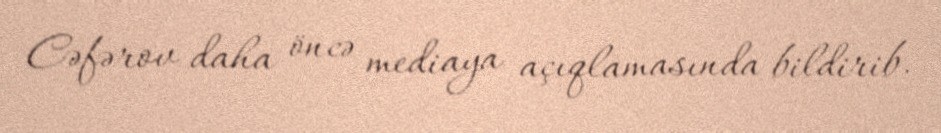
Cəfərov daha öncə mediaya açıqlamasında bildirib.